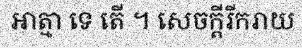
អាត្មា ទេ តើ ។ សេចក្តីរីករាយ